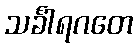
သင်္ခါရဂတေ